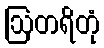
ဩတရိတုံ